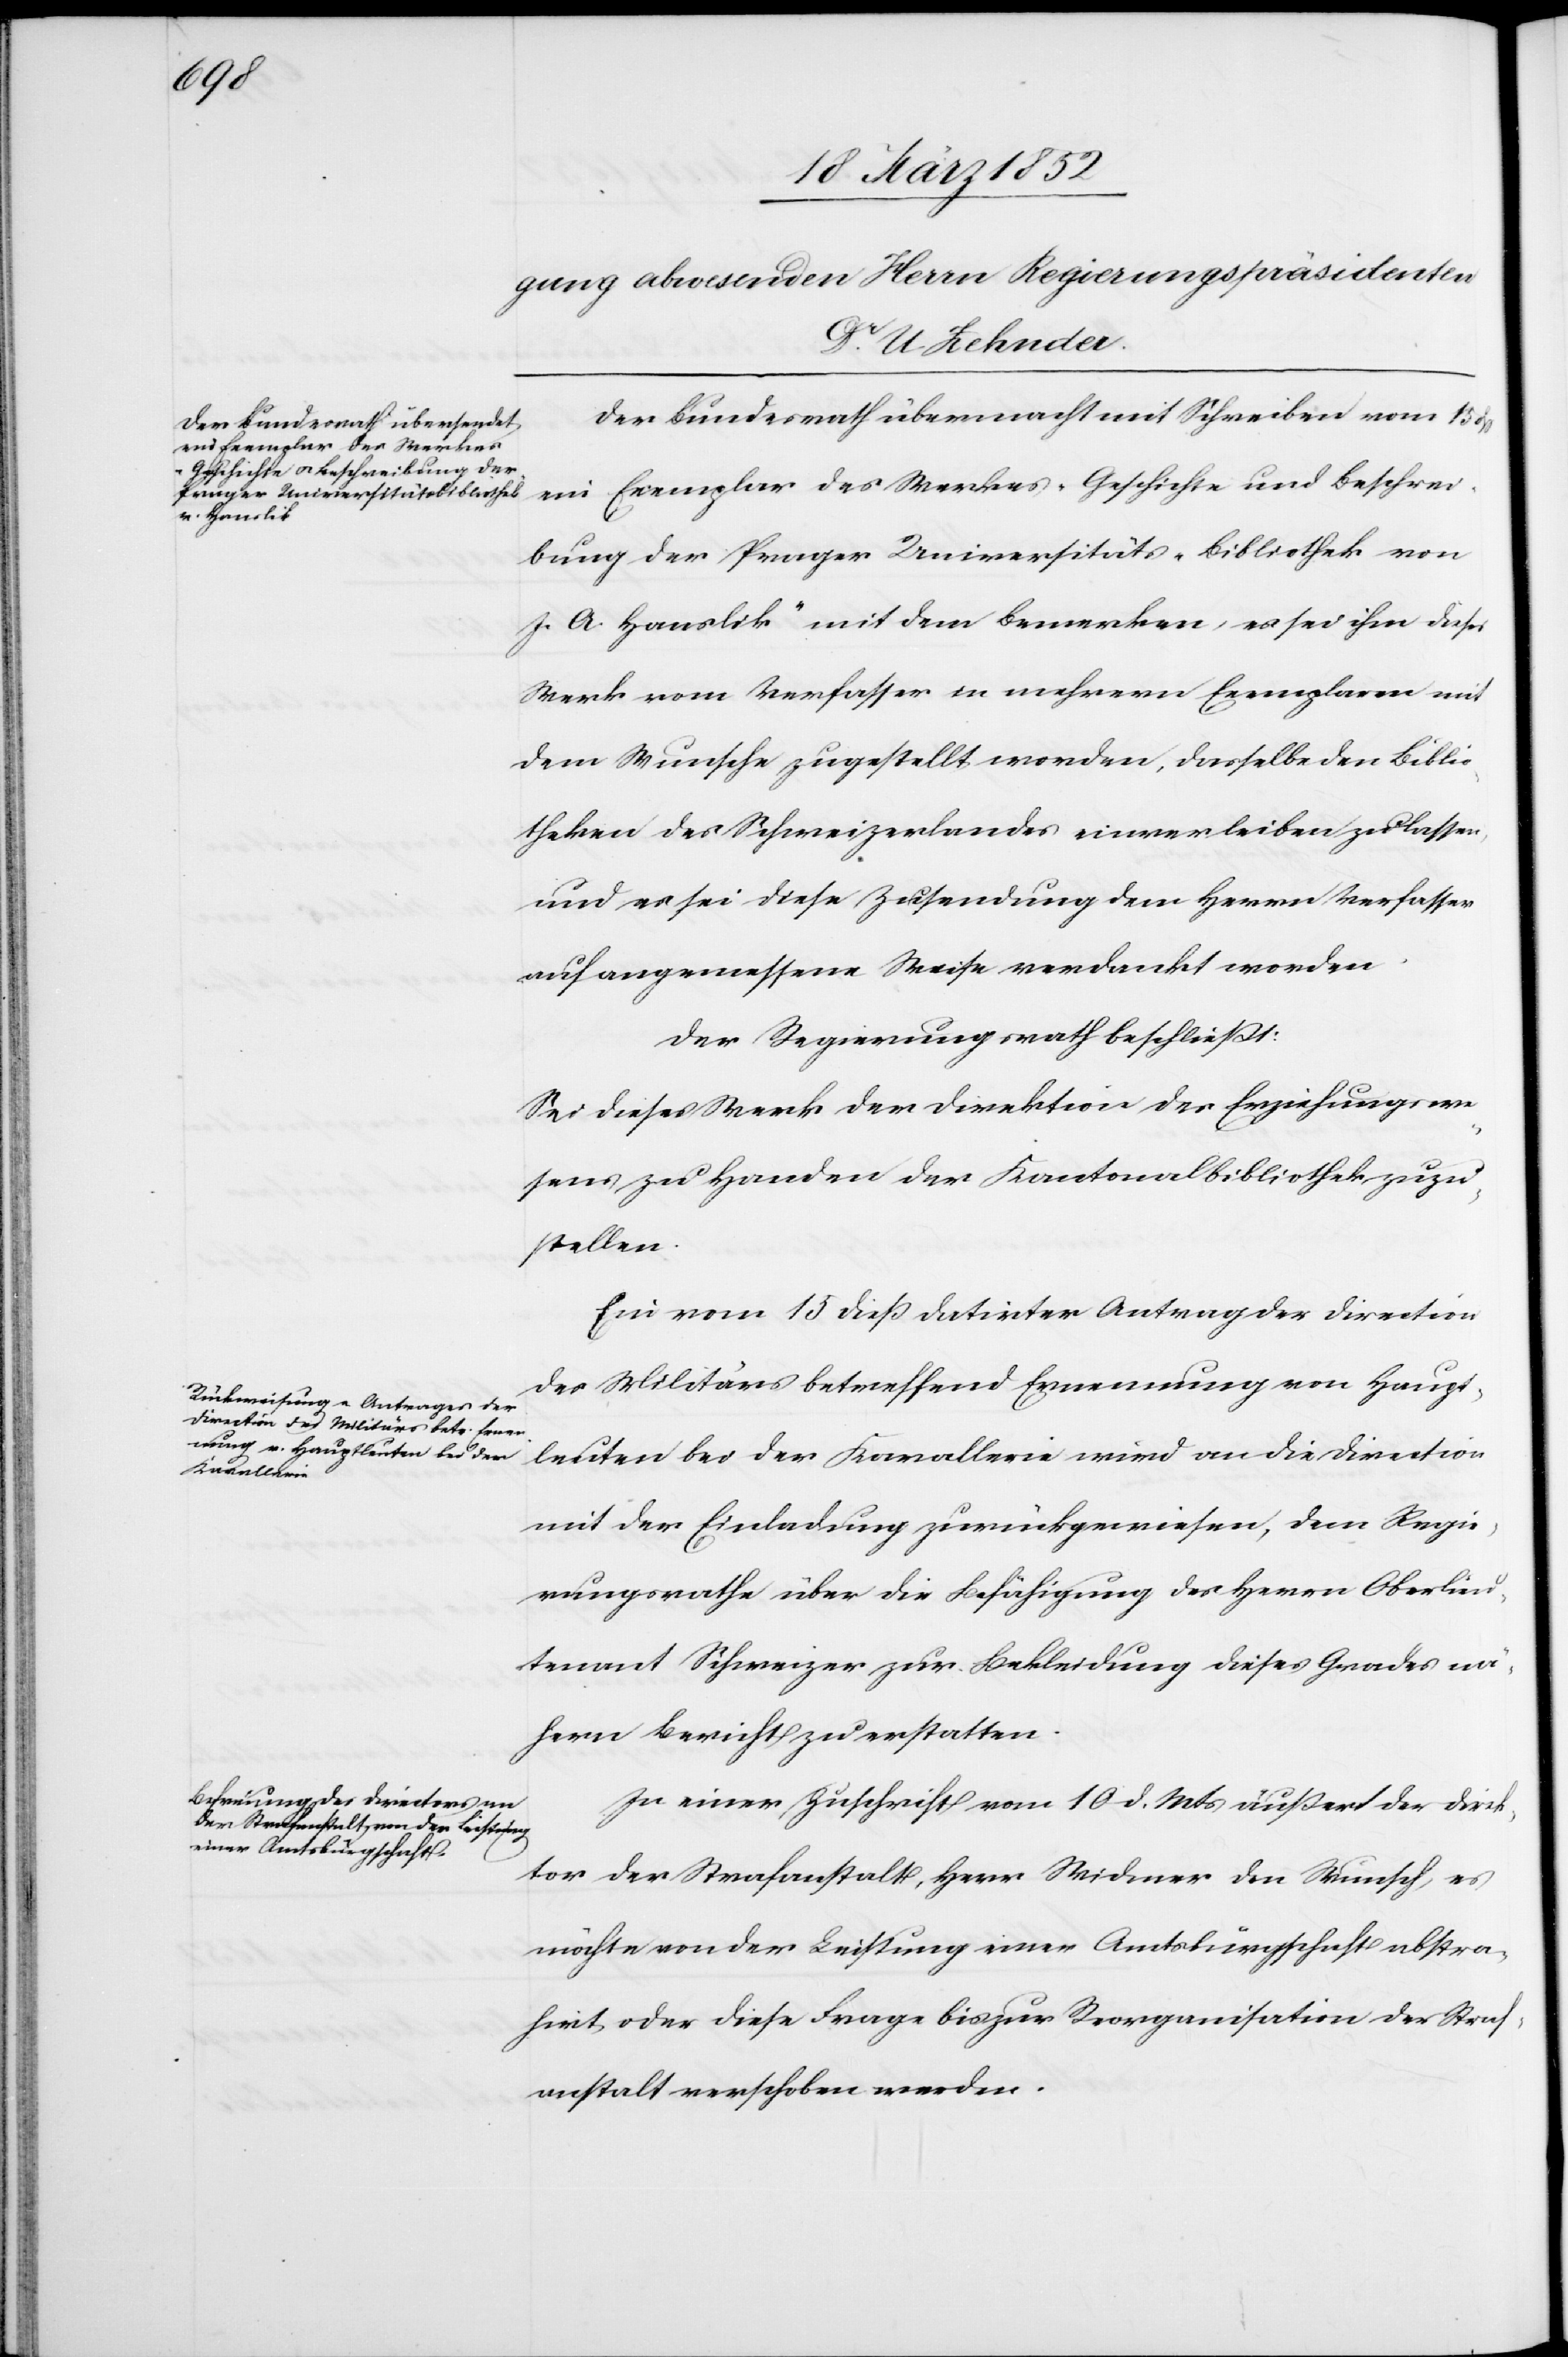
Der Bundesrath übermacht mit Schreiben vom 15
ein Exemplar des Werkes „Geschichte und Beschrei¬
bung der Prager Universitäts-Bibliothek von
J. A. Hauslik“ mit dem Bemerken, es sei ihm dieses
Werk vom Verfasser in mehreren Exemplaren mit
dem Wunsche zugestellt worden, dasselbe den Biblio¬
theken des Schweizerlandes einverleiben zu lassen,
und es sei diese Zusendung dem Herrn Verfasser
auf angemessene Weise verdankt worden.
Der Regierungsrath beschließt:
Sei dieses Werk der Direktion des Erziehungswe¬
sens zu Handen der Kantonalbibliothek zuzu¬
stellen.
Ein vom 15 dieß datirter Antrag der Direction
des Militärs betreffend Ernennung von Haupt¬
leuten bei der Kavallerie wird an die Direction
mit der Einladung zurückgewiesen, dem Regie¬
rungsrathe über die Befähigung des Herrn Oberlieu¬
tenant Schweizer zur Bekleidung dieses Grades nä¬
hern Bericht zu erstatten.
In einer Zuschrift vom 10 d. Mts äußert der Direk¬
tor der Strafanstalt, Herr Widmer den Wunsch, es
möchte von der Leistung einer Amtsbürgschaft abstra¬
hirt oder diese Frage bis zur Reorganisation der Straf¬
anstalt verschoben werden.